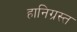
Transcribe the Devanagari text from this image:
हानिग्रस्त